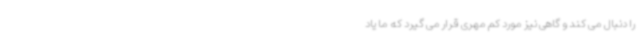
را دنبال می‌ کند و گاهی نیز مورد کم مهری قرار می ‌گیرد که ما یاد